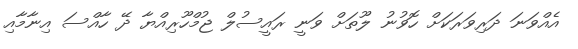
އެއްވަނަ ދަރިވަރަކަށް ހޮވުނު ލޫތަށް ވަނީ ރައީސުލް ޖުމްހޫރިއްޔާ ދޭ ހާއްސަ އިނާމާއި